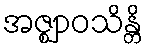
အဇ္ဈာဝသိန္တိ